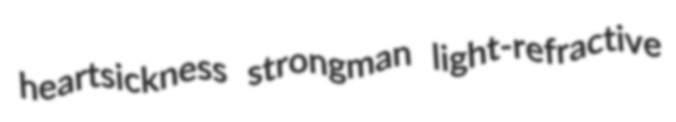
heartsickness strongman light-refractive